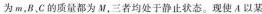
为m，BC的质量都为M，三者均处于静止状态。现使A以某